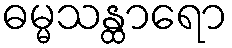
ဓမ္မသန္ထာရော